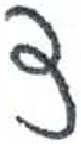
אות: צ